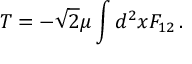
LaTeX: { \cal T } = - \sqrt { 2 } \mu \int d ^ { 2 } x F _ { 1 2 } \, .